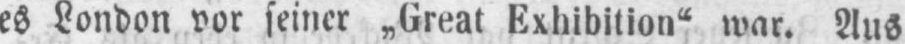
es London vor seiner „Great Exhibition“ war. Aus